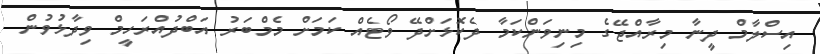
އިސްލާމް ދީނާ މިރާއްޖޭގެ މިނިވަންކަމާ ދެކޮޅަށްދޭ ވޯޓެއް ކަމަށް މެމްބަރު އަބްދުއްރަހީމް ވިދާޅުވުން